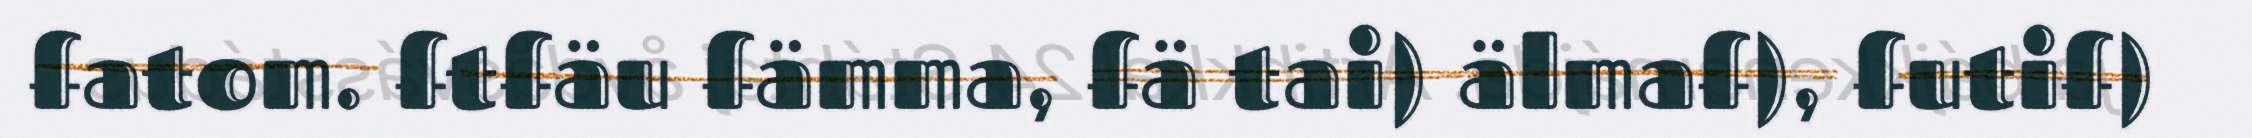
fatom. ftfäu fämma, fä tai) älmaf), futif)